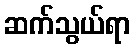
ဆက်သွယ်ရာ